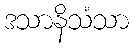
ဒသာနိသံသာ